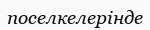
поселкелерінде